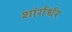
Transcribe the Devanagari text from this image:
शांर्गर्धर